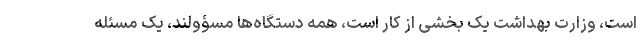
است، وزارت بهداشت یک بخشی از کار است، همه دستگاه‌ها مسؤولند، یک مسئله